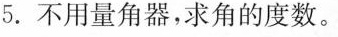
5.不用量角器，求角的度数。